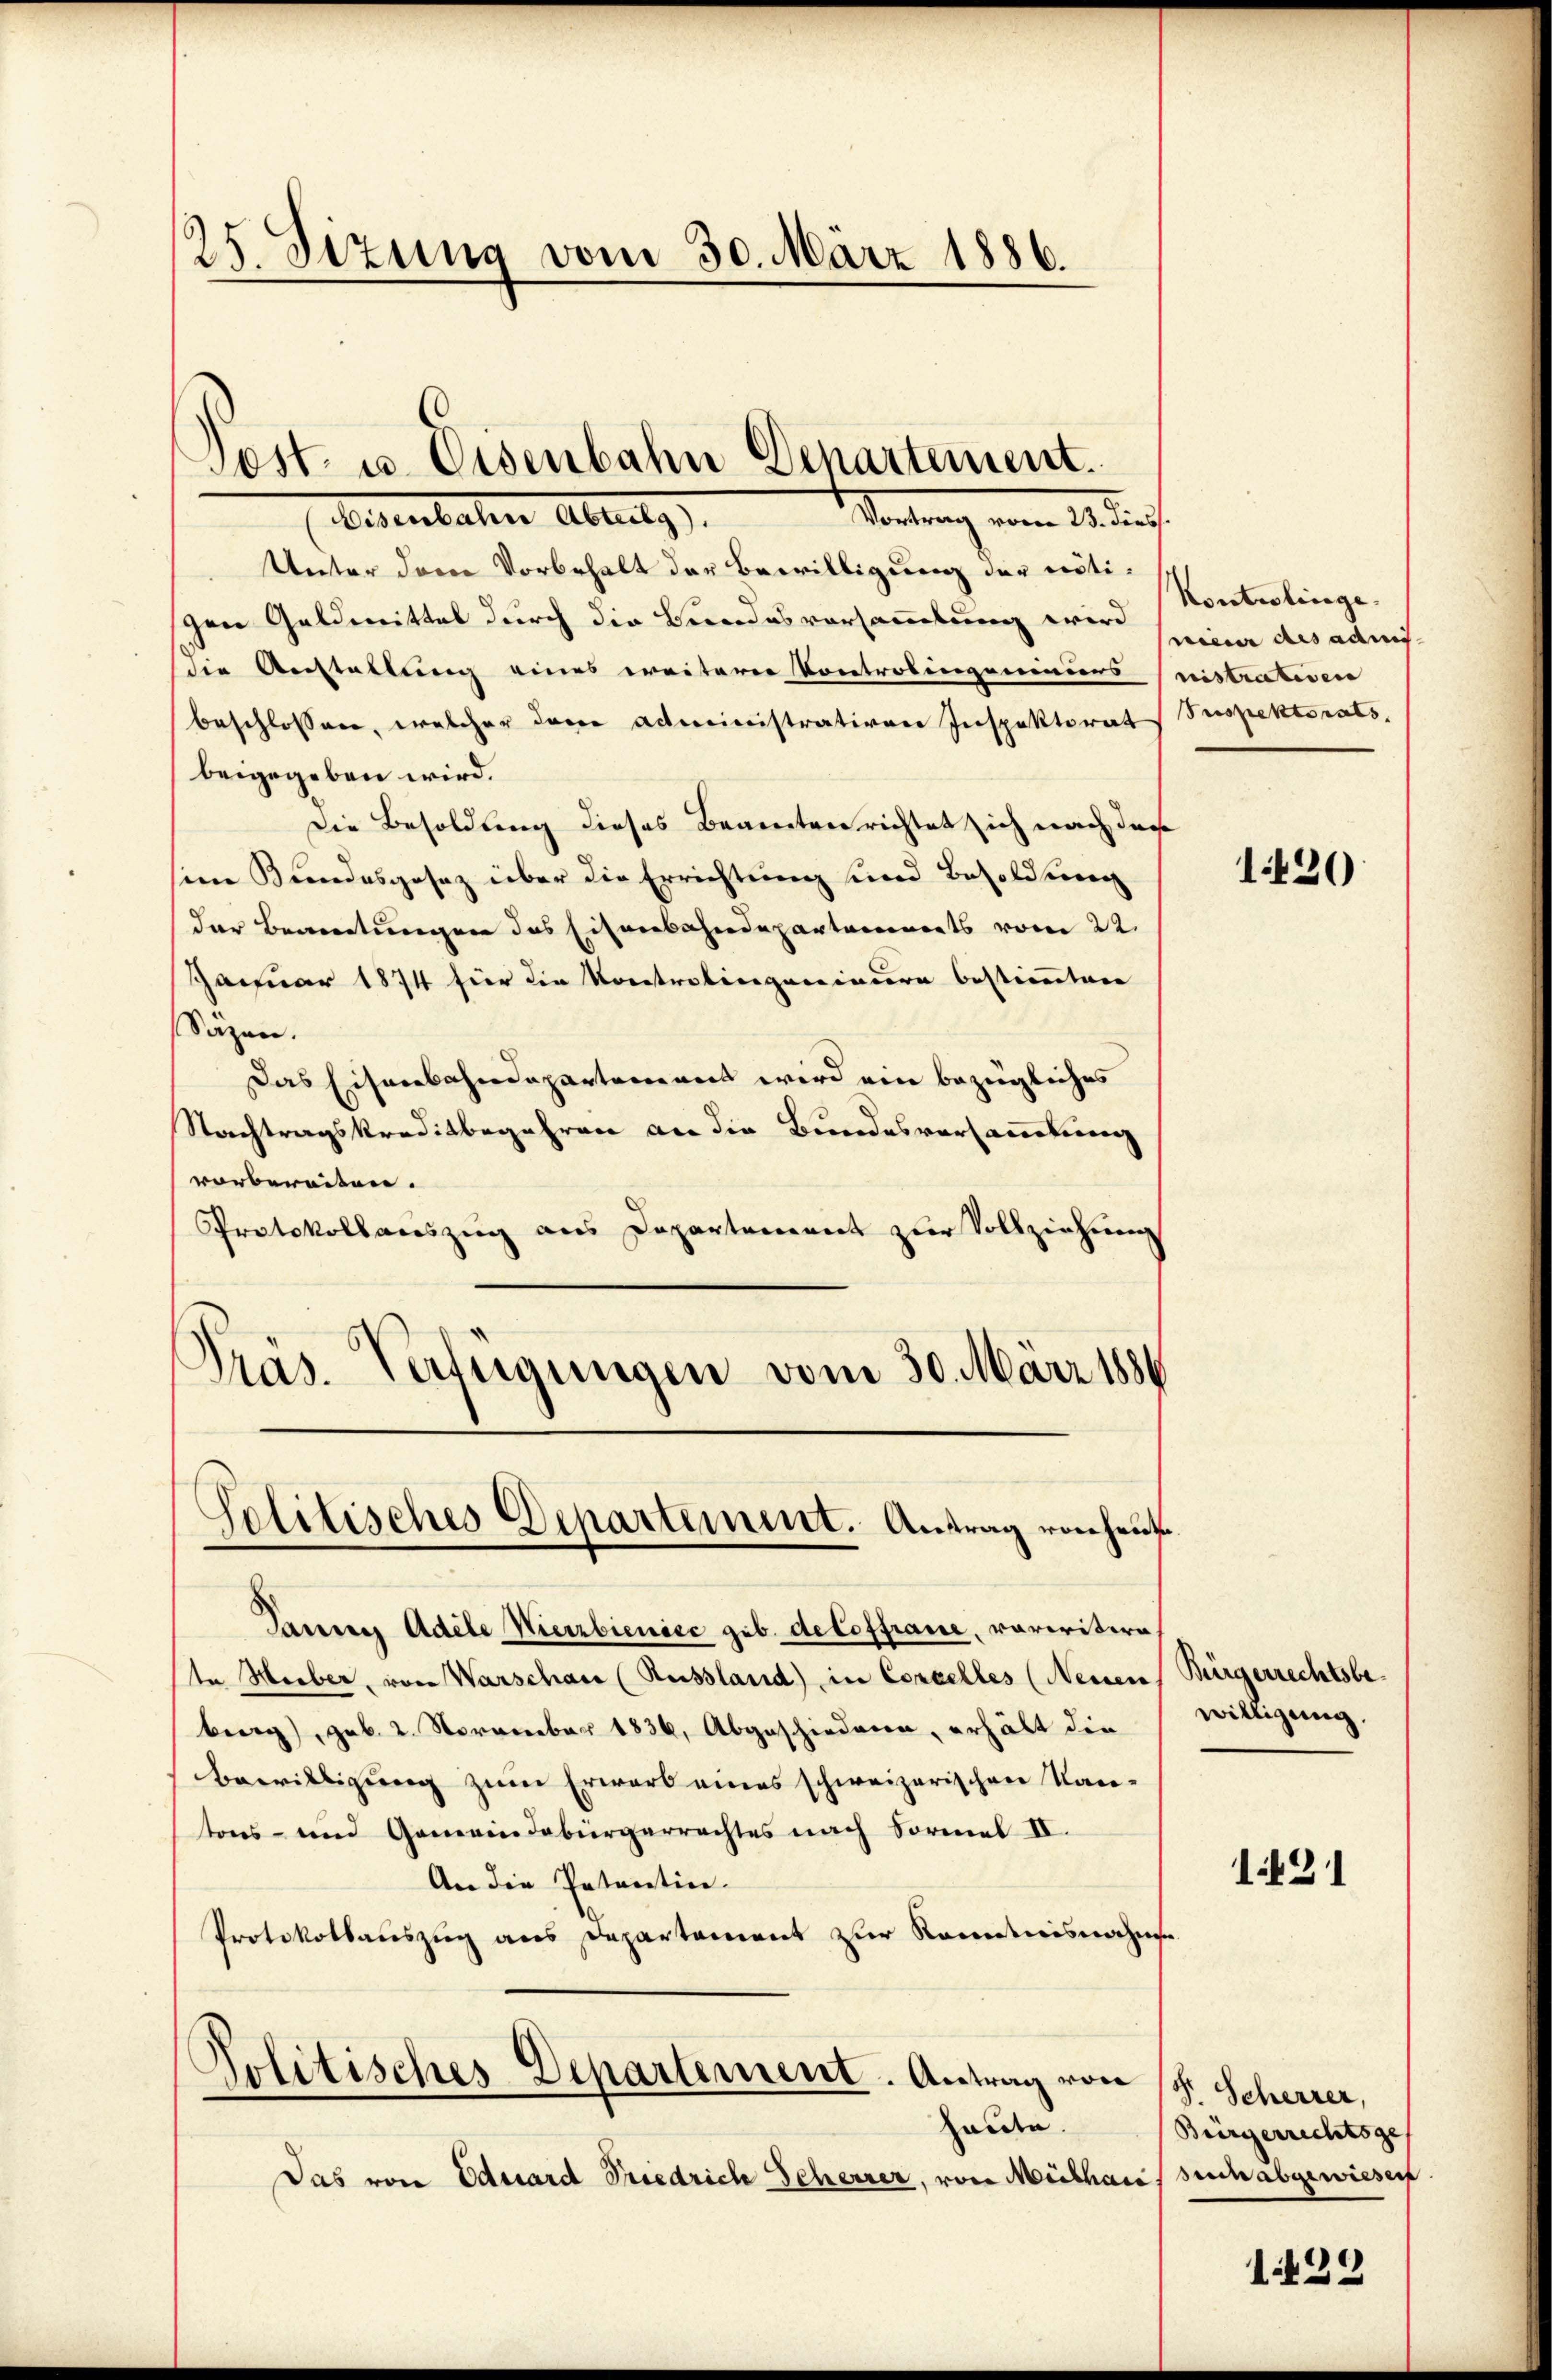
25. Sizung vom 30. März 1886.

Post- u. Eisenbahn Departement.

Eisenbaten Abruly)
Sendung vom 14 durch
Unter dem Vorbehalt der Bewilligung der nötischen Geldmittel durch die Bundesversammlung wird
die Anstallung eines weitern Kontrolingeniniers
beschlossen, welcher dene Administrativen Inspektorat
beigegeben wird.
Die Besoldung dieses Beamten richtet sich nach das
sine Bundesgesetz über die Errichtung und Besoldung
der Beamtungen das Eisenbahndepartements vom 22.
Januar 1874 für die Kontrolingenieure bestimmten
Sazen.
Das Eisenbahndepartement wird ein bezügliches
Nachtragskreditbegehren an die Bundesversammlung
vorbereiten.
Protokollauszug aus Departement zur Vollziehung
Präs. Verfügungen vom 30. März 1886
Politisches Departement. Antrag von heut
Pannes Adele Wierbienice geb. detoffraue, variritiere
te Herber, von Warschau (Russland) in Concelles (Neisen
berg), geb. 2. November 1836. Abgeschiederen, erhält die
Bewilligung zum Erwart eines schweizerischen Kantons- und Gemeindebürgerrechtes nach Formel IV.
An die Patentin.
Protokollsauszug aus Departement zur Kenntnisnahme
Politisches Departement. Antrag von 18. Scherrer,
halden.
Das von Eduard Friedrich Scheurer, von Mülhaus such abgewiesen

Kontrolinge.
snieur des admi
nistrativen
Srespektorats

1420

Bürgerrechtsbewilligung.

121

Bürgerrechtsge

1439